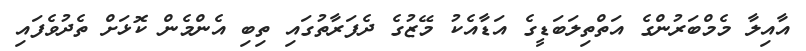
އާއިލާ މެމްބަރުންގެ އަތްތިލަބަޑީގެ އަޑާއެކު މޭޒުގެ ދެފަރާތުގައި ތިބި އެންމެން ކޮޅަށް ތެދުވެފައި